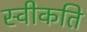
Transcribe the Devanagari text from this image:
स्वीकति